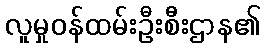
လူမှုဝန်ထမ်းဦးစီးဌာန၏